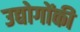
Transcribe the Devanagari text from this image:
उद्योगोंकी